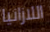
اللازانيا